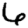
Digit: 6